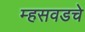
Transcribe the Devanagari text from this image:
म्हसवडचे